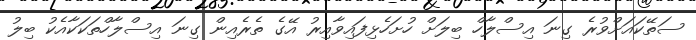
ސަތޭކައަށްވުރެ ގިނަ އިސްލާހް ބިލަށް ހުށަހެޅިފައިވާއިރު އޭގެ ތެރެއިން ގިނަ އިސްލާހްތަކަކާއެކު ބިލު